Civil Veterinary Department Bengal reports 1933-51 - 1933-1951
Year: 1933
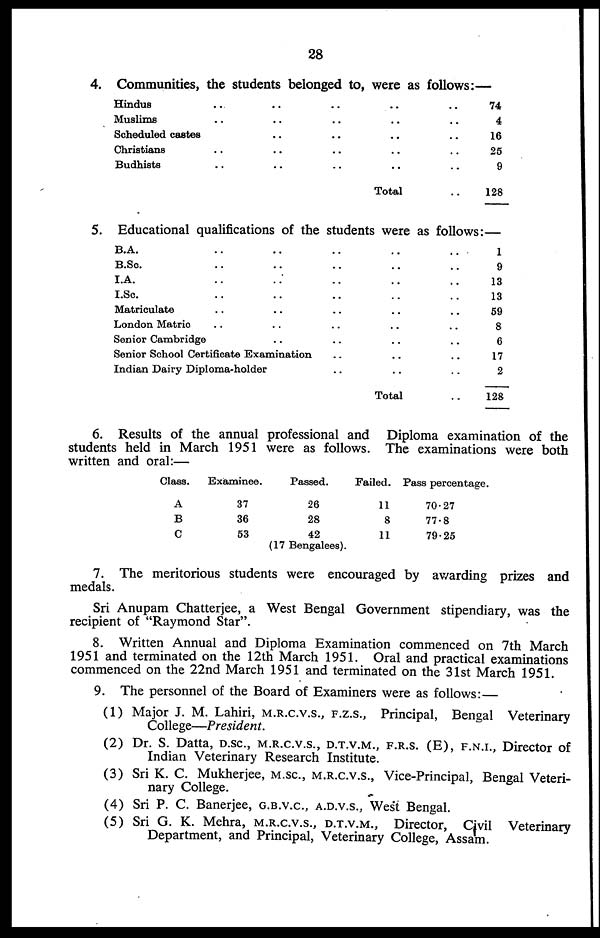
28
4. Communities, the students belonged to, were as follows:—
Hindus .. .. .. .. ..
Muslims .. .. .. .. ..
Scheduled castes .. .. .. .. ..
Christians .. .. .. .. ..
Budhists .. .. .. .. ..
Total ..
74
4
16
25
9
128
5. Educational qualifications of the students were as follows:—
B.A. .. .. .. .. ..
B.Sc. .. .. .. .. ..
I.A. .. .. .. .. ..
I.Sc. .. .. .. .. ..
Matriculate .. .. .. .. ..
London Matric .. .. .. .. ..
Senior Cambridge .. .. .. ..
Senior School Certificate Examination .. .. ..
Indian Dairy Diploma-holder .. .. ..
Total..
1
9
13
13
59
8
6
17
2
128
6. Results of the annual professional and Diploma examination of the
students held in March 1951 were as follows. The examinations were both
written and oral:—
Class.
A
B
C
Examinee.
37
36
53
Passed.
26
28
42
(17 Bengalees).
Failed.
11
8
11
Pass percentage.
70.27
77.8
79.25
7. The meritorious students were encouraged by awarding prizes and
medals.
Sri Anupam Chatterjee, a West Bengal Government stipendiary, was the
recipient of "Raymond Star".
8. Written Annual and Diploma Examination commenced on 7th March
1951 and terminated on the 12th March 1951. Oral and practical examinations
commenced on the 22nd March 1951 and terminated on the 31st March 1951.
9. The personnel of the Board of Examiners were as follows:—
(1) Major J. M. Lahiri, M.R.C.V.S., F.Z.S., Principal, Bengal Veterinary
College—President.
(2) Dr. S. Datta, D.SC., M.R.C.V.S., D.T.V.M., F.R.S. (E), F.N.I., Director of
Indian Veterinary Research Institute.
(3) Sri K. C. Mukherjee, M.SC., M.R.C.V.S., Vice-Principal, Bengal Veteri-
nary College.
(4) Sri P. C. Banerjee, G.B.V.C., A.D.V.S., West Bengal.
(5) Sri G. K. Mehra, M.R.C.V.S., D.T.V.M., Director, Civil Veterinary
Department, and Principal, Veterinary College, Assam.